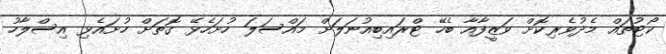
ކޯޓުތައް މެދުވެރިކޮށް ވަޒީފާއާ ބެހޭ ޓްރައިބިއުނަލަށް މައްސަލަ ހުށަހެޅޭ ގޮތަށް ހުށައެޅި އިސްލާހު